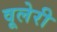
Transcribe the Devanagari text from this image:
वूलेरी